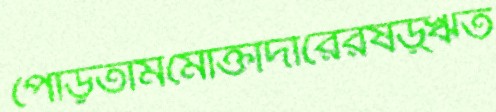
পোড়তামমোক্তাদীরেরষড়্ঋত